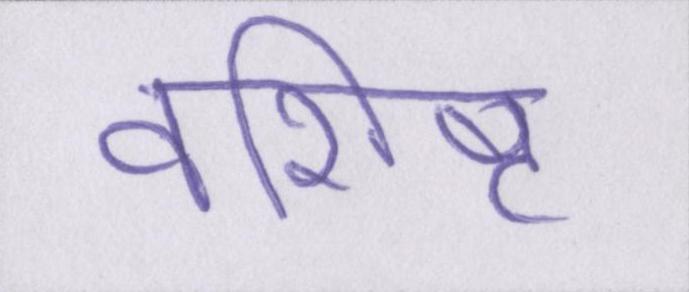
वशिष्ट